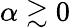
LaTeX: \alpha\gtrsim 0